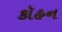
કૉહન